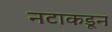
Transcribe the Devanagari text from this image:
नटाकडून